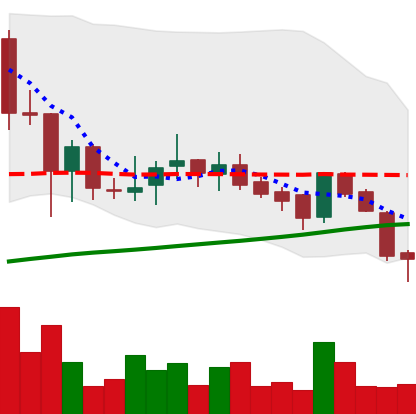
Ticker: BNB-USD
Chart end date: 2018-07-11
Forward return: 4.19%
Label: up_3_5